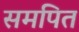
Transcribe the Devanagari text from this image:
समपित